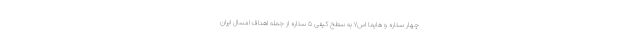
چهار ستاره و هایما اس۷ به سطح کیفی ۵ ستاره از جمله اهداف امسال ایران